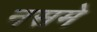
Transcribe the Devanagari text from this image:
नसमे